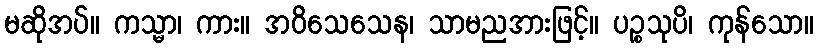
မဆိုအပ်။ ကသ္မာ၊ ကား။ အဝိသေသေန၊ သာမညအားဖြင့်။ ပဉ္စသုပိ၊ ကုန်သော။